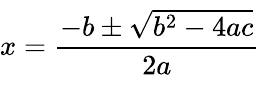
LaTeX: \overset{}{\underset{}{x={\frac{-b\pm{\sqrt{b^{2}-4ac}}}{2a}}}}